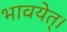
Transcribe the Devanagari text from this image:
भावयेत्‌।